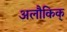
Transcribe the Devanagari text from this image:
अलौकिक्